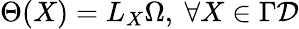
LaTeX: \Theta(X)={L_{X}}\Omega,\ \forall X\in\Gamma{\cal D}